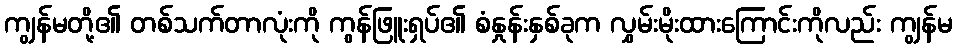
ကျွန်မတို့၏ တစ်သက်တာလုံးကို ကွန်ဖြူးရှပ်၏ စံနှုန်းနှစ်ခုက လွှမ်းမိုးထားကြောင်းကိုလည်း ကျွန်မ